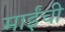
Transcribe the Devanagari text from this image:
माईंची